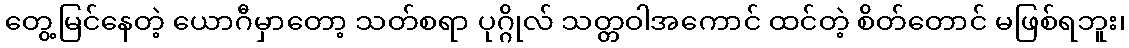
တွေ့မြင်နေတဲ့ ယောဂီမှာတော့ သတ်စရာ ပုဂ္ဂိုလ် သတ္တဝါအကောင် ထင်တဲ့ စိတ်တောင် မဖြစ်ရဘူး၊